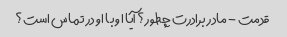
قدمت - مادر برادرت چطور؟ آیا او با او در تماس است؟